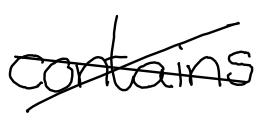
Text: contains
Cross-out: cross
Writing tool: digital_black